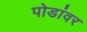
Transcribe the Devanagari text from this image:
पोडांवर